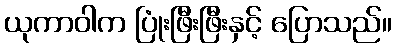
ယုကာဝါက ပြုံးဖြီးဖြီးနှင့် ပြောသည်။